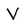
Character: v